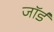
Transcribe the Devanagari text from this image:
जाॅर्ड